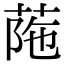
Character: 𦰜